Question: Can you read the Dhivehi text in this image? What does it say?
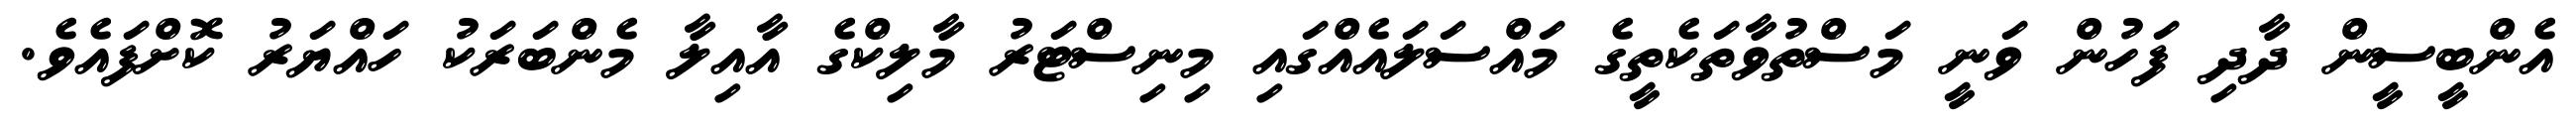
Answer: އެންބީސީން ދާދި ފަހުން ވަނީ މަސްތުވާތަކެތީގެ މައްސަލައެއްގައި މިނިސްޓަރު މާލިކްގެ އާއިލާ މެންބަރަކު ހައްޔަރު ކޮށްފައެވެ.